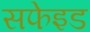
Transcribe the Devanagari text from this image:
सफेइड